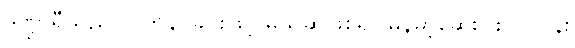
ဒဏ္ဍာရီသည် လိုက်နာခြင်းဖြင့် မသိဆဲဖြစ်၍ မြန်မာ့ဆေးဝါးလုပ်ငန်း